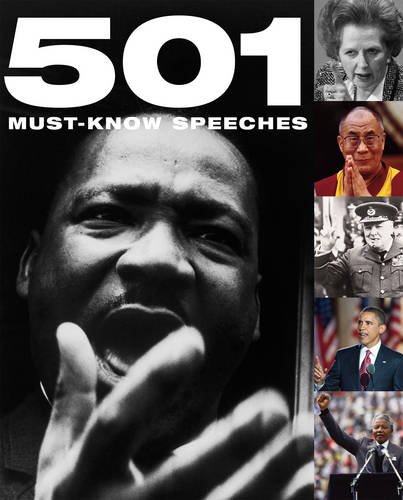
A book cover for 501 Must-Know Speeches; Bounty; Literature & Fiction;